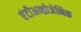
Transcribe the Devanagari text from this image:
एंटीअन्द्रोजेनिक